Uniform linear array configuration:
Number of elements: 64
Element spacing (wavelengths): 0.25
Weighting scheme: blackman
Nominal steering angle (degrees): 15
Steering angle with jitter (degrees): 14.235
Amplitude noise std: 0.05
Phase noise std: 0.05

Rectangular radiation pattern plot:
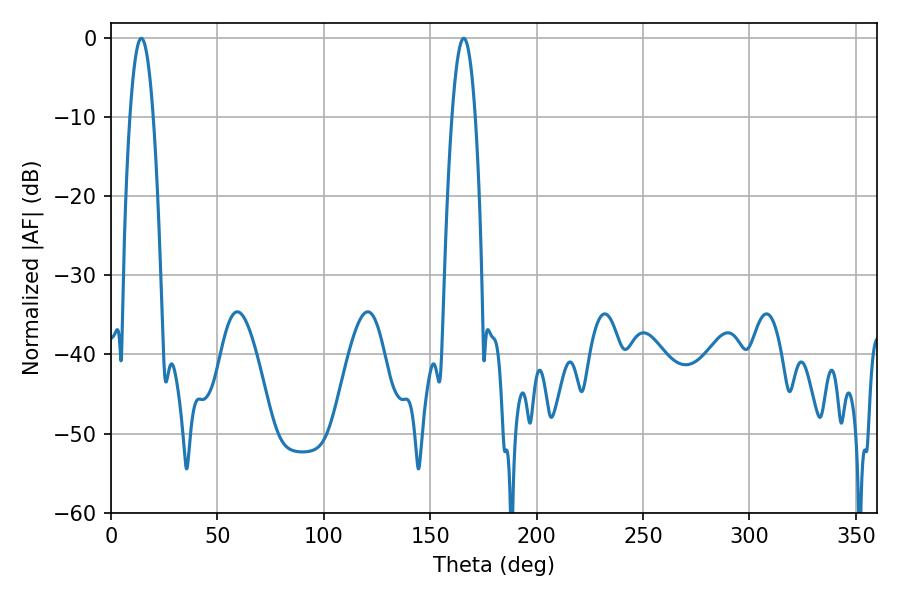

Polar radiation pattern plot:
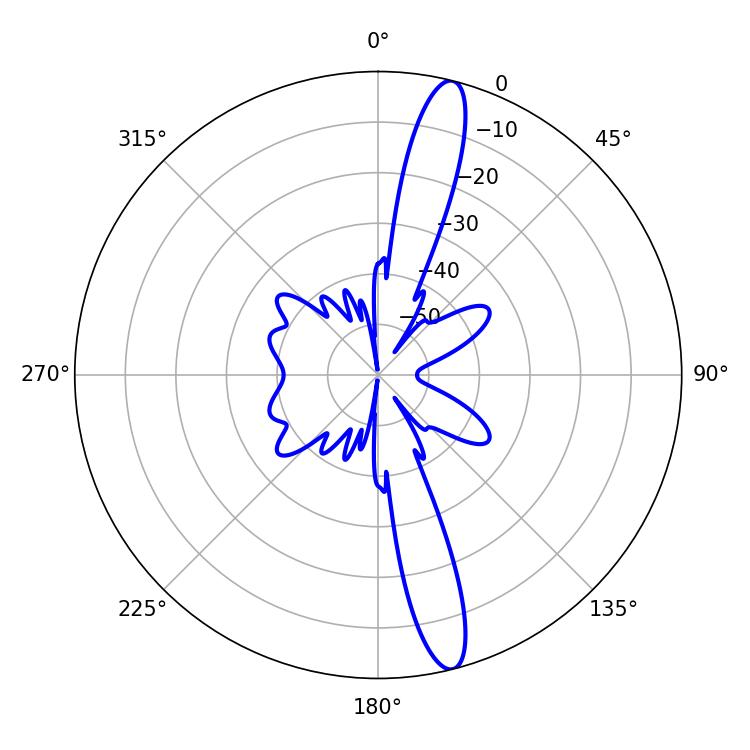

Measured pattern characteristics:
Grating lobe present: FALSE
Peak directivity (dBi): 15.532
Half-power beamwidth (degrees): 5.94
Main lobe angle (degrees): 14.22